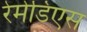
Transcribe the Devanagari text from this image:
रेमेडिएस